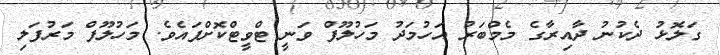
ގަލޮޅު ދެކުނު ދާއިރާގެ މެމްބަރު އަހުމަދު މަހުލޫފް ވަނީ ޓްވީޓްކޮށްފައެވެ. މަހުލޫފް މަރުފަލި